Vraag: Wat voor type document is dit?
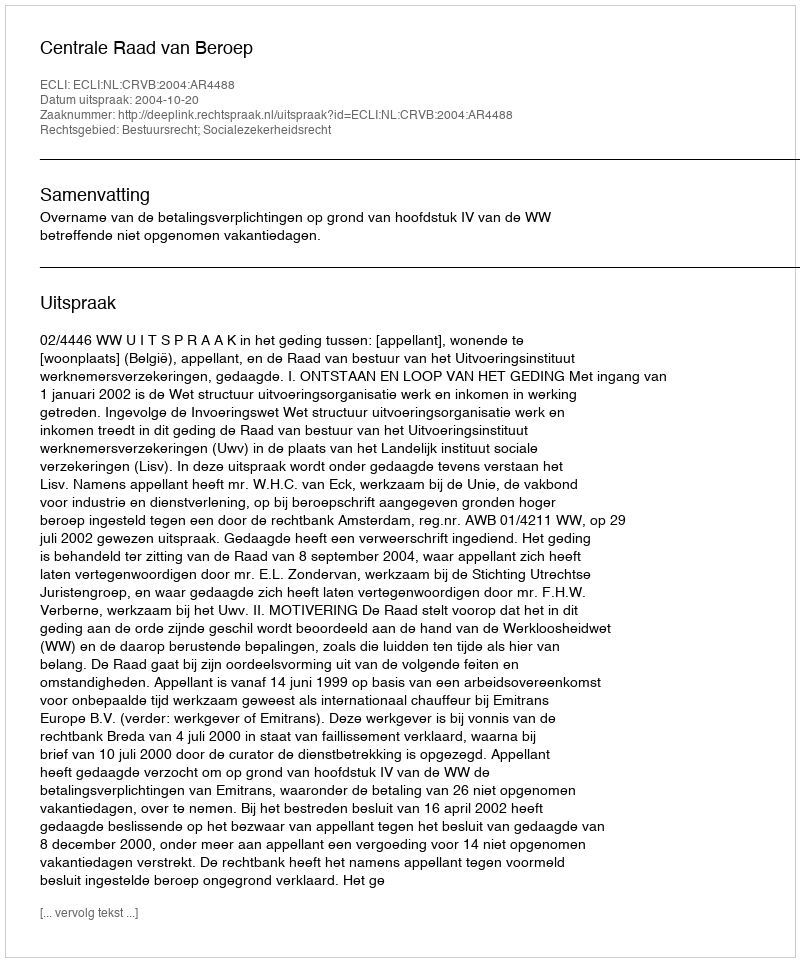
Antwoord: Uitspraak